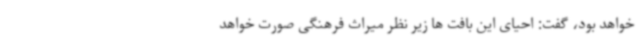
خواهد بود، گفت: احیای این بافت ها زیر نظر میراث فرهنگی صورت خواهد